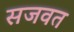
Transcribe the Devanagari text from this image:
सजवत